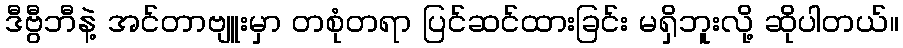
ဒီဗွီဘီနဲ့ အင်တာဗျူးမှာ တစုံတရာ ပြင်ဆင်ထားခြင်း မရှိဘူးလို့ ဆိုပါတယ်။